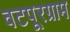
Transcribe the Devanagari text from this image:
वटपूरग्राम